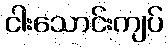
ငါးသောင်းကျပ်